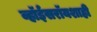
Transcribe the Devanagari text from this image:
व्हॉईसरॉयशाही